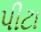
પીટા